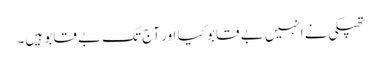
تھپکی نے انہیں بے قابو کیا اور آج تک بے قابو ہیں۔